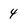
Character: 4